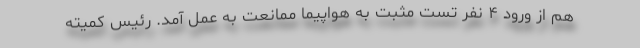
هم از ورود ۴ نفر تست مثبت به هواپیما ممانعت به عمل آمد. رئیس کمیته